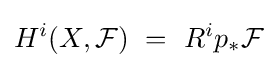
\displaystyle H^{i}(X,{\mathcal {F}})\ =\ R^{i}p_{*}{\mathcal {F}}